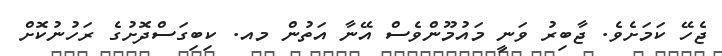
ޖެހޭ ކަމަށެވެ. ޖާބިރު ވަނީ މައުމޫންވެސް އޭނާ އަތުން މއ. ކިބިގަސްދޮށުގެ ރަހުނުކޮށް